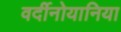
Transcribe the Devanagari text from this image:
वर्दीनोयानिया